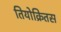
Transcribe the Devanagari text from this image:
तियोक्रितस